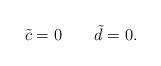
LaTeX: \begin{align*}\quad \tilde{c} = 0 \quad \quad \tilde{d} = 0.\end{align*}